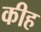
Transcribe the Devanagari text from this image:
कीह